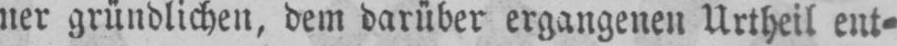
ner gründlichen, dem darüber ergangenen Urtheil ent⸗